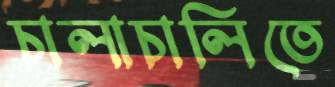
চালাচালিতে